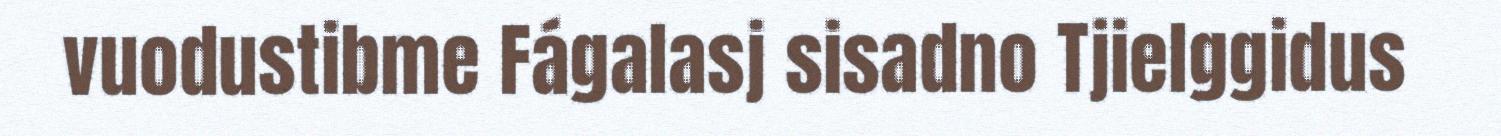
vuodustibme Fágalasj sisadno Tjielggidus